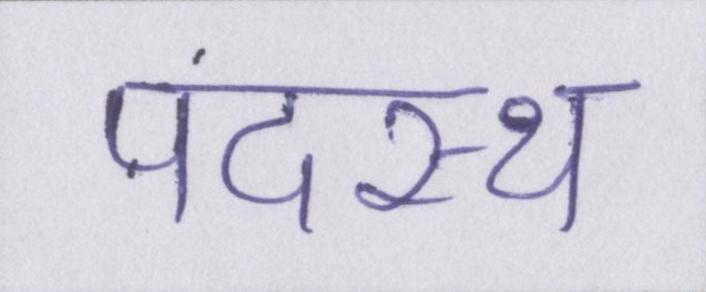
पदस्थ